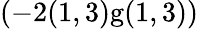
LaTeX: (-2(1,3)\textrm{g}(1,3))